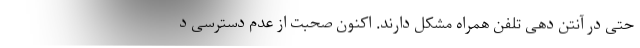
حتی در آنتن دهی تلفن همراه مشکل دارند. اکنون صحبت از عدم دسترسی د